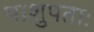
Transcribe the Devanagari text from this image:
पाशुपताः